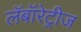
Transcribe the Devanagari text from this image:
लॅबॉरेट्रीज